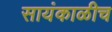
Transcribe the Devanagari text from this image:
सायंकाळीच